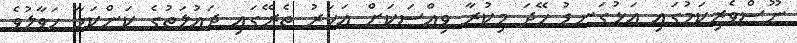
ނޫސްވެރިކަމުގައި އަޅުގަނޑު ހޭދަ މިކުރާ ވިއްސަކަށް އަހަރު ތެރޭގައި ދައުލަތުގެ ކަންކަމާ ހަވާލުވެ